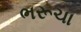
ભરૂચા